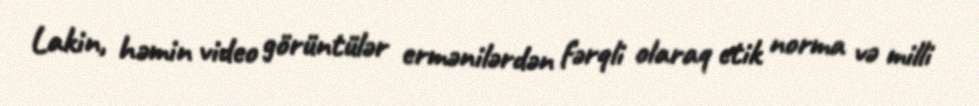
Lakin, həmin video görüntülər ermənilərdən fərqli olaraq etik norma və milli